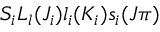
S _ { i } L _ { l } ( J _ { i } ) l _ { i } ( K _ { i } ) s _ { i } ( J \pi )